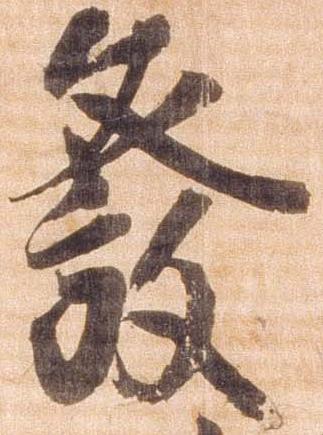
発